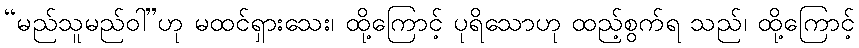
“မည်သူမည်ဝါ”ဟု မထင်ရှားသေး၊ ထို့ကြောင့် ပုရိသောဟု ထည့်စွက်ရ သည်၊ ထို့ကြောင့်